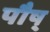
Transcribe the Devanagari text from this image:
पौष्